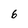
Character: 6